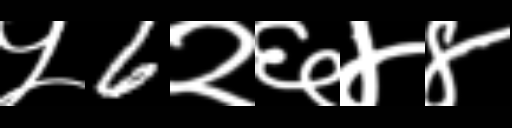
Text: ५6२६४४